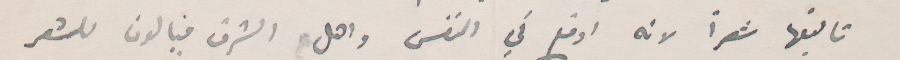
تأليفها شعرًا لانه أوقع في انفس واهل الشرق ميالون للشعر